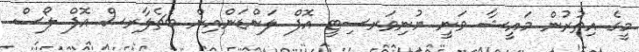
މީގެ އިތުރުން މައީޝާ ވަނީ ޔުނިވަރސިޓީ އޮފް ލަންޑަންއިން ބެޗެލާރސް އޮފް ލޯސް